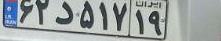
۶۲د۵۱۷۱۹